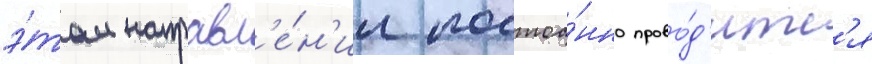
э́том направл'е́н'ии постоа́нно прово́д'итс'я